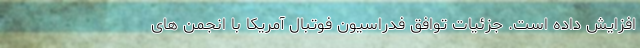
افزایش داده است. جزئیات توافق فدراسیون فوتبال آمریکا با انجمن های